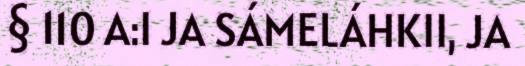
§ 110 A:I JA SÁMELÁHKII, JA